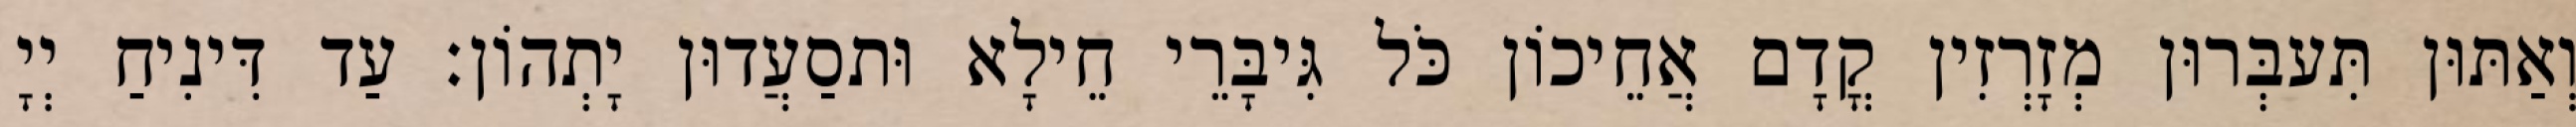
וְאַתּוּן תִּעבְּרוּן מְזָרְזִין קֳדָם אֲחֵיכוֹן כֹּל גִּיבָּרֵי חֵילָא וּתסַעֲדוּן יָתְהוֹן׃ עַד דִּינִיחַ יְיָ